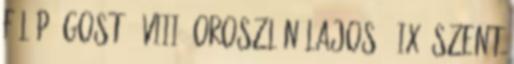
Fülöp Ágost · VIII. Oroszlán Lajos · IX. Szent